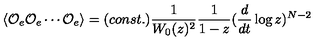
\langle { \cal O } _ { e } { \cal O } _ { e } \cdots { \cal O } _ { e } \rangle = ( c o n s t . ) \frac { 1 } { W _ { 0 } ( z ) ^ { 2 } } \frac { 1 } { 1 - z } ( \frac { d } { d t } \log z ) ^ { N - 2 }